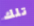
تلك